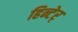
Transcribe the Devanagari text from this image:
हिन्टेर्